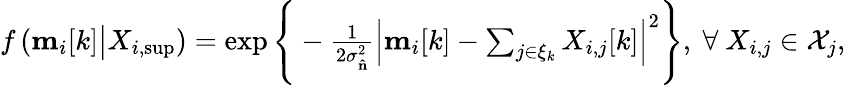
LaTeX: \begin{array}{r}{f\left(\mathbf{m}_{i}[k]\big|X_{i,\mathrm{sup}}\right)=\exp\Bigg\{ -\frac{1}{2\sigma_{\mathbf{\hat{\mathbf{n}}}}^{2}}\Big|\mathbf{m}_{i}[k]-\sum_{j\in\xi_{k}}X_{i,j}[k]\Big|^{2}\Bigg\} ,\ \forall\ X_{i,j}\in\mathcal{X}_{j},}\end{array}